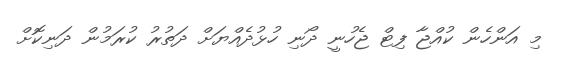
މި އަންހެން ކުއްޖާ ފިޓް ޖެހުނީ ދޯނި ހުޅުދެއްޔަށް ދަތުރު ކުރަމުން ދަނިކޮށް